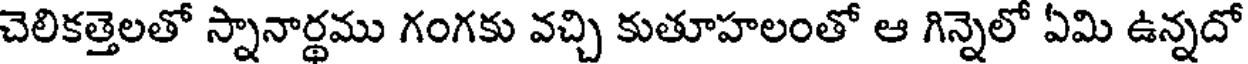
చెలికత్తెలతో స్నానార్థము గంగకు వచ్చి కుతూహలంతో ఆ గిన్నెలో ఏమి ఉన్నదో